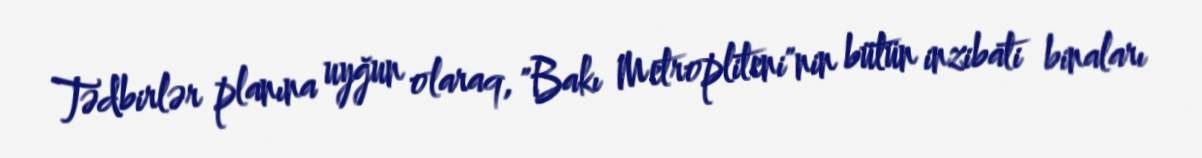
Tədbirlər planına uyğun olaraq, "Bakı Metropliteni"nin bütün inzibati binaları